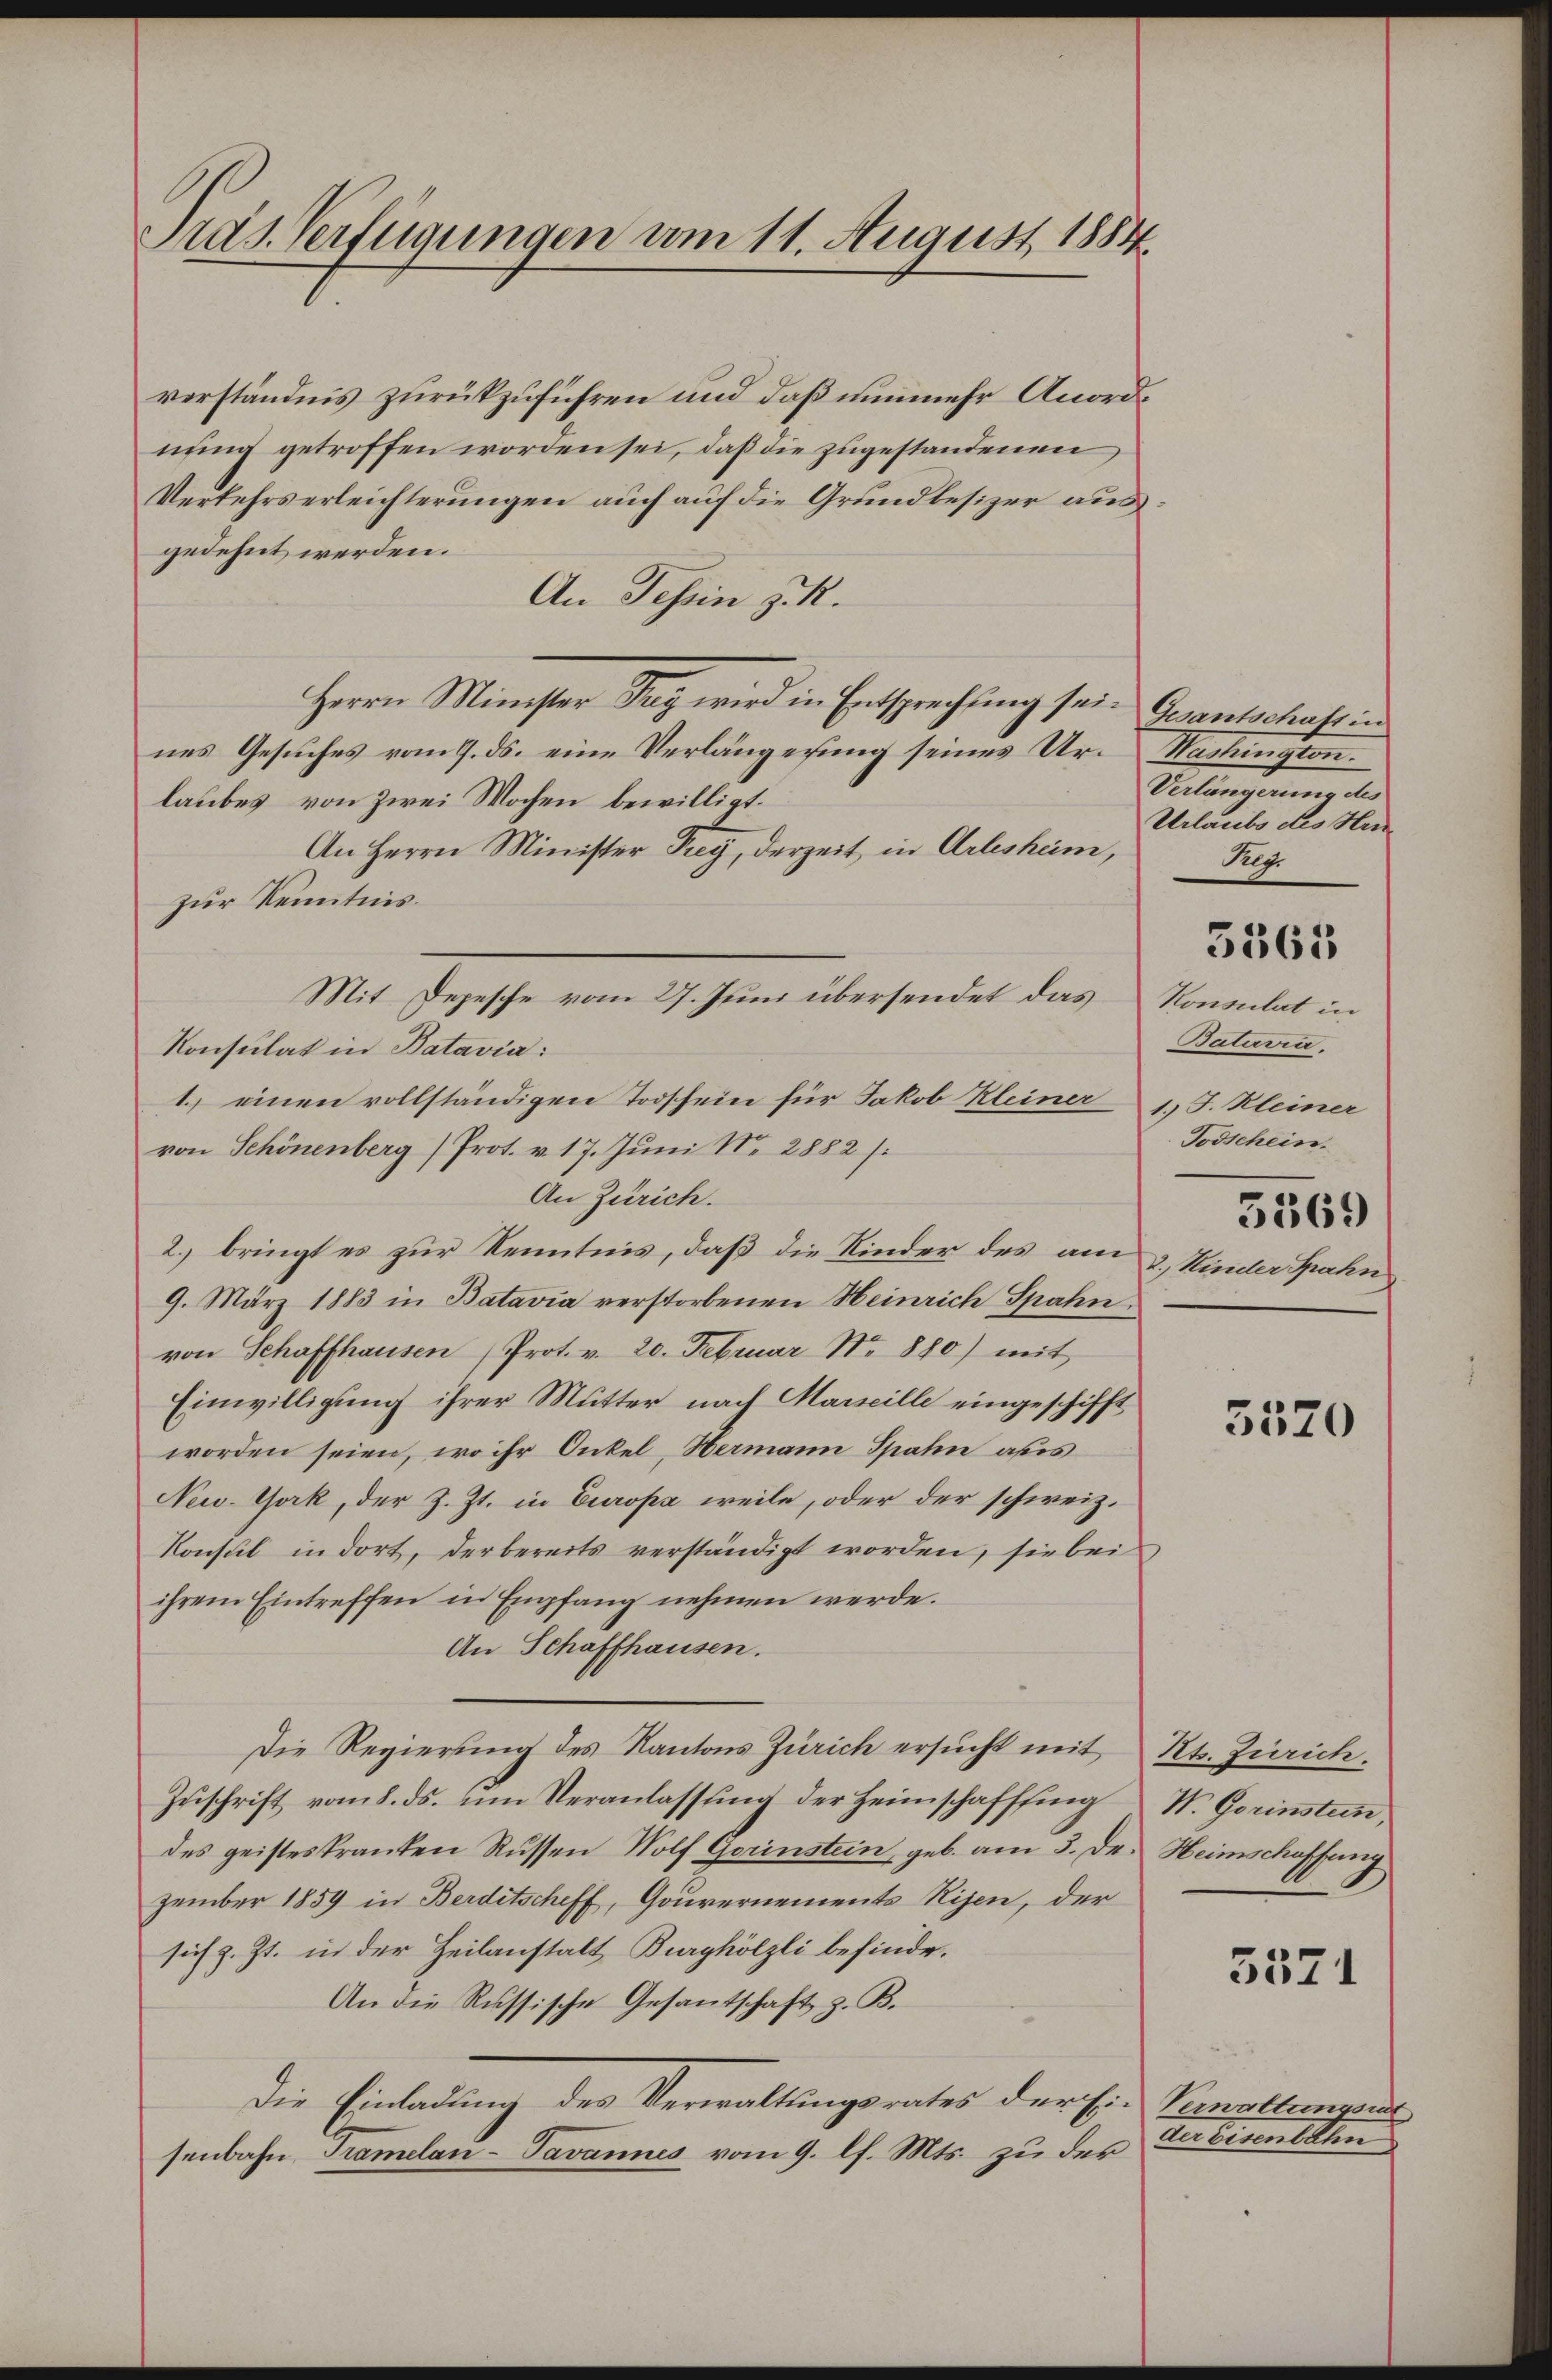
Pras Verfügungen am 11. August 1884

verständnis zurückzuführen und daß nunmehr Anordnung getroffen worden sei, daß die zugestandenen,
Verkehrserleichterungen auch auf die Grundbesizer aus.
gedehnt werden.
An Tessin z. R.
Herrn Minister Tag wird in Entsprechtung sei. Gesantschaft in
nes Gesuches vom 9. ds. eine Verlängesung seines Ur- Washington
laubes von zwei Wochen bewilligt.
An Herrn Minister Prey, derzeit in Arlesheim,
zur Kenntnis.
Mit Depesche vom 27. Juni übersendet das Konsulat in
Konsulat in Batavia:
1. einen vollständigen Troschein für Jakob Kleiner J. Kleiner
von Schönenberg) Prot. v. 17. Juni N. 2882 s.
An Zürich.
2. bringt es zur Kenntnis, daß die Kinder des am
9. März 1883 in Batavia verstorbenen Heinrich Spahn,
von Schaffhausen (Prot. v. 20. Februar Nr. 880) mit
Einwilligung ihrer Mutter nach Marseille eingeschifft
worden seien, wo ihr Onkel, Hermann Spahn aus
New-York, der Z. Zt. in Europa weile, oder der schweiz.
Konsul in dort, der bereits verständigt worden, sie bei
ihrem Eintreffen in Empfang nehmen werde.
An Schaffhausen.
Die Regierung des Kantons Zürich ersucht mit Kt. Zürich.
Zuschrift vom 8. ds. um Veranlassung der Heimschafffing W. Gorinstein,
des geisteskranken Russen Wolf Gerinstein, geb. am 3. Dr. Heimschaffung
zember 1859 in Berditscheff, Gouvernements Risen, der
sich z. Zt. in der Heilanstalt Burghölzli befinde.
An die Russische Gesantschaft z. B.
die Einladung des Verwaltungsrates der Ei- Vernaltungens
senbahn, Tramelan-Javannes vom 9. lf. Mts. zu der

Verlangerung des
Uebereitere et les in
Reg.

5361

Batavia.
Todschein.

5569

2., Kinder Spahn

3520

3571

Anbemeldten